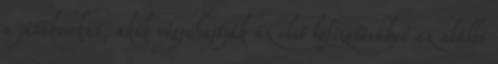
a játékosokat, akik végrehajtják az első befizetésüket az alábbi